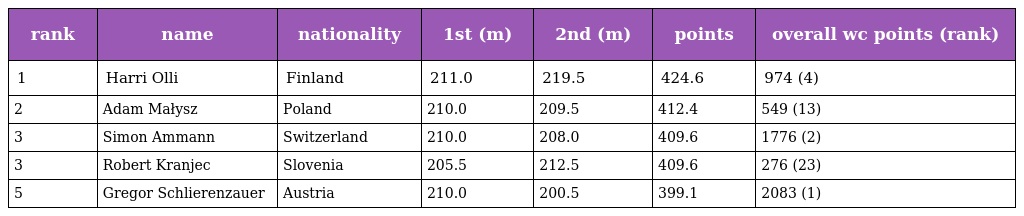
| rank | name | nationality | 1st (m) | 2nd (m) | points | overall wc points (rank) |
 | --- | --- | --- | --- | --- | --- | --- |
 | 1 | Harri Olli | Finland | 211.0 | 219.5 | 424.6 | 974 (4) |
 | 2 | Adam Małysz | Poland | 210.0 | 209.5 | 412.4 | 549 (13) |
 | 3 | Simon Ammann | Switzerland | 210.0 | 208.0 | 409.6 | 1776 (2) |
 | 3 | Robert Kranjec | Slovenia | 205.5 | 212.5 | 409.6 | 276 (23) |
 | 5 | Gregor Schlierenzauer | Austria | 210.0 | 200.5 | 399.1 | 2083 (1) |